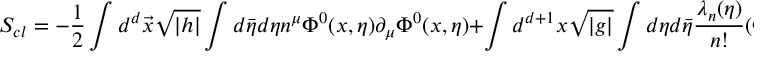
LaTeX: S _ { c l } = - \frac { 1 } { 2 } \int d ^ { d } \vec { x } \sqrt { | h | } \int d \bar { \eta } d \eta n ^ { \mu } \Phi ^ { 0 } ( x , \eta ) \partial _ { \mu } \Phi ^ { 0 } ( x , \eta ) + \int d ^ { d + 1 } x \sqrt { | g | } \int d \eta d \bar { \eta } \frac { \lambda _ { n } ( \eta ) } { n ! } ( \Phi ^ { 0 } ( x , \eta ) ) ^ { n }